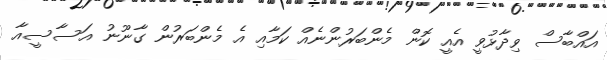
އައްބާސް ވިދާޅުވީ އެއީ ކޮން މެންބަރުންނެއް ކަމާއި އެ މެންބަރުން ގާނޫނު އަސާސީއާ